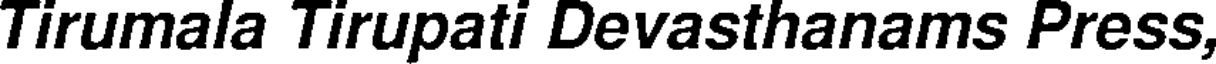
Tirumala Tirupati Devasthanams Press,